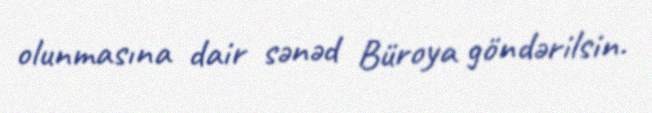
olunmasına dair sənəd Büroya göndərilsin.